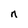
Character: n